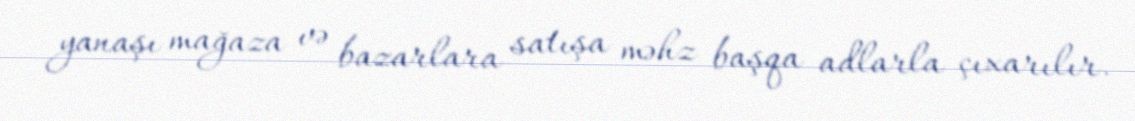
yanaşı mağaza və bazarlara satışa məhz başqa adlarla çıxarılır.